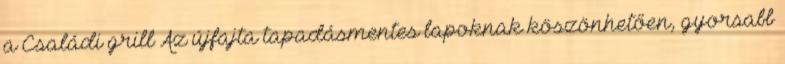
a Családi grill Az újfajta tapadásmentes lapoknak köszönhetően, gyorsabb